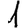
Digit: 1